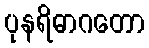
ပုနရိဓာဂတော